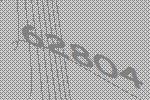
62804